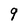
Character: 9